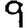
Digit: 9